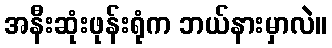
အနီးဆုံးဖုန်းရုံက ဘယ်နားမှာလဲ။